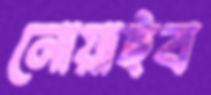
নোয়াইব